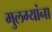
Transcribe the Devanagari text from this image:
मुलग्यांना